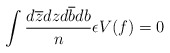
\begin{align*}\int \frac{d\overline{z}dzd\overline{b}db}{n}\epsilon V(f)=0\end{align*}